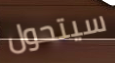
سيتحول